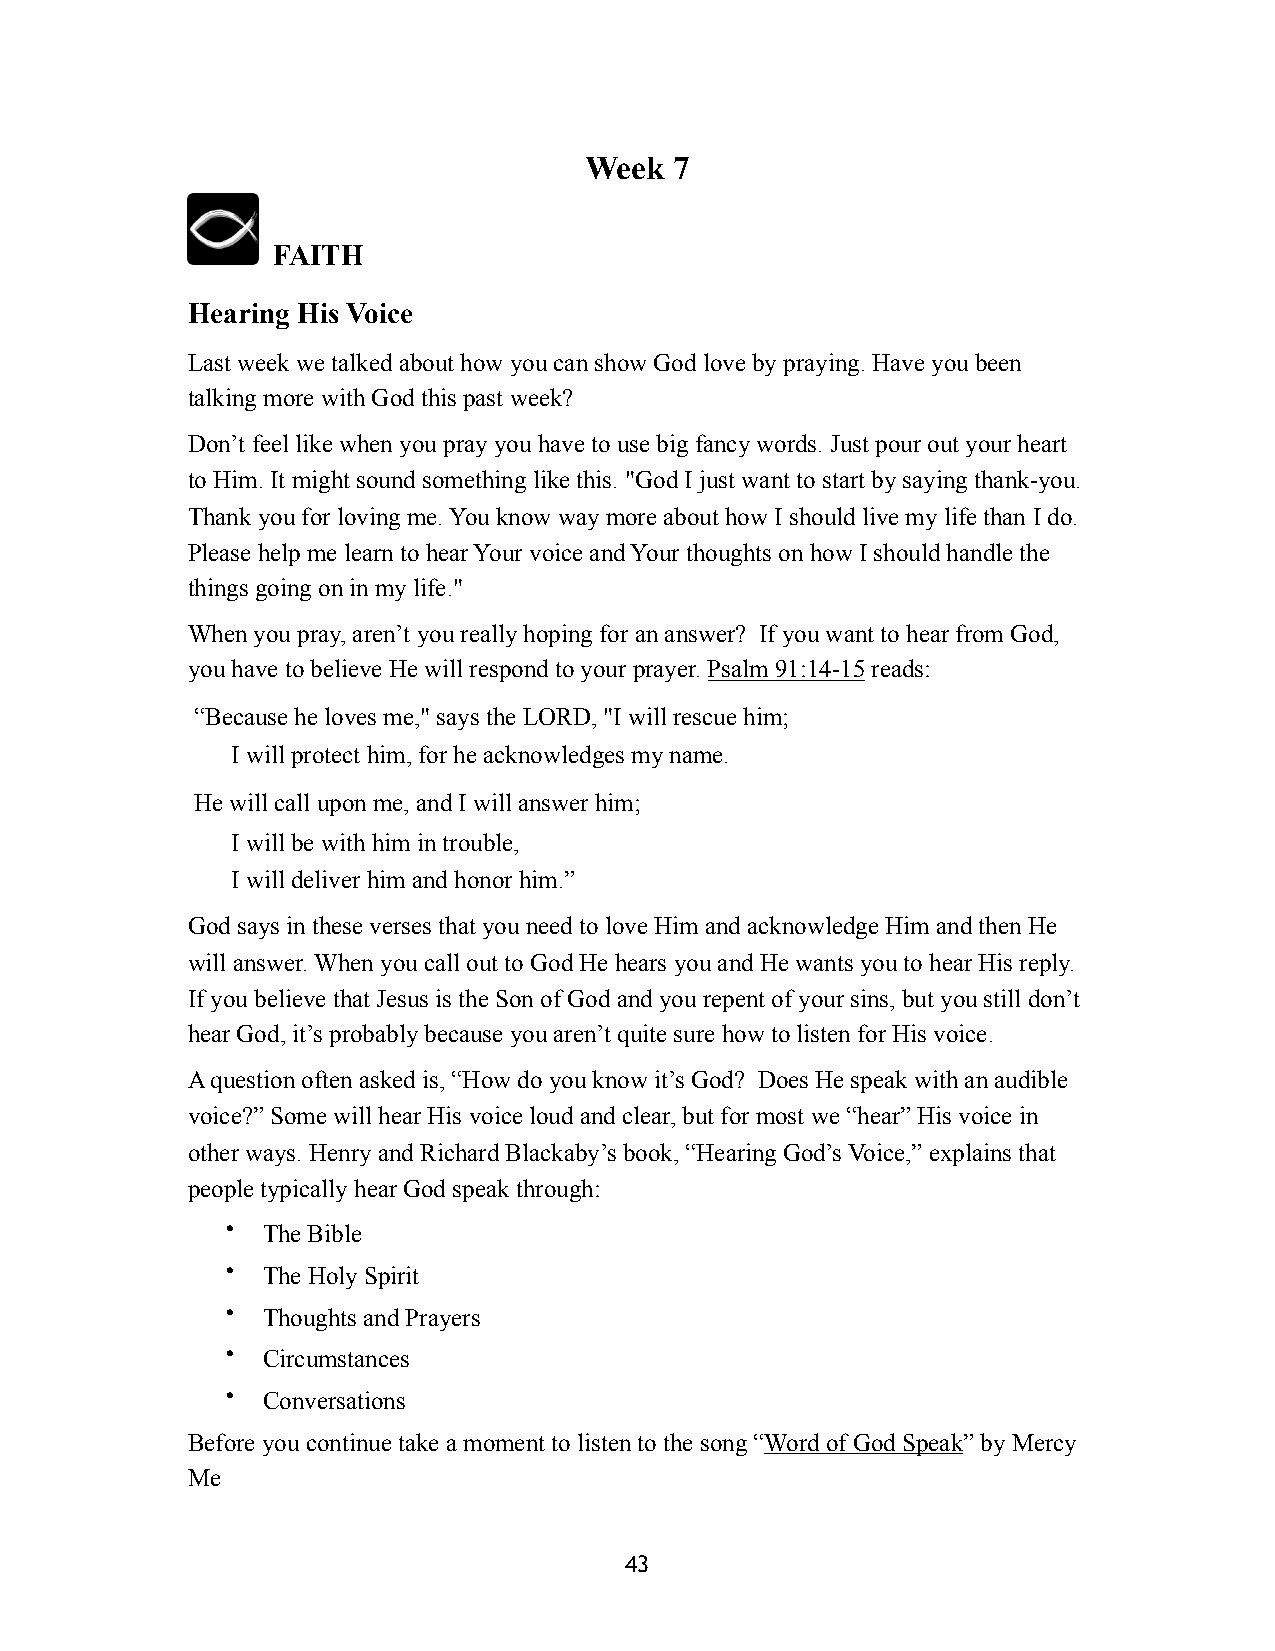
Week  7
 FAITH
 Hearing His Voice
 Last week we talked about how you can show God love by praying. Have you been
 talking more with God this past week?
 Don’t feel like when you pray you have to use big fancy words. Just pour out your heart
 to Him. It might sound something like this. "God I just want to start by saying thank-you.
 Thank you for loving me. You know way more about how I should live my life than I do.
 Please help me learn to hear Your voice and Your thoughts on how I should handle the
 things going on in my life."
 When you pray, aren’t you really hoping for an answer? If you want to hear from God,
 you have to believe He will respond to your prayer. Psalm 91:14-15 reads:
 “Because he loves me," says the LORD, "I will rescue him;
 I will protect him, for he acknowledges my name.
 He will call upon me, and I will answer him;
 I will be with him in trouble,
 I will deliver him and honor him.”
 God says in these verses that you need to love Him and acknowledge Him and then He
 will answer. When you call out to God He hears you and He wants you to hear His reply.
 If you believe that Jesus is the Son of God and you repent of your sins, but you still don’t
 hear God, it’s probably because you aren’t quite sure how to listen for His voice.
 A question often asked is, “How do you know it’s God? Does He speak with an audible
 voice?” Some will hear His voice loud and clear, but for most we “hear” His voice in
 other ways. Henry and Richard Blackaby’s book, “Hearing God’s Voice,” explains that
 people typically hear God speak through:
 • The Bible
 • The Holy Spirit
 • Thoughts and Prayers
 • Circumstances
 • Conversations
 Before you continue take a moment to listen to the song “Word of God Speak” by Mercy
 Me
 43